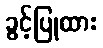
ခွင့်ပြုထား